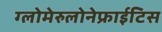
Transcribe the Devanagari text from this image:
ग्लोमेरुलोनेफ्राईटिस